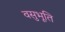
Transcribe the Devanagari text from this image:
वसुभूति